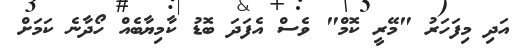
އަދި މިފަހަރު "މޭރީ ކޮމް" ވެސް އެފަދަ ބޮޑު ކާމިޔާބެއް ހޯދާނެ ކަމަށް